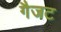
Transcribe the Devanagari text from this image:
गैजट